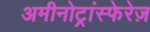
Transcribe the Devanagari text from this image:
अमीनोट्रांस्फेरेज़